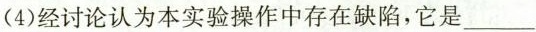
(4)经讨论认为本实验操作中存在缺陷，它是___